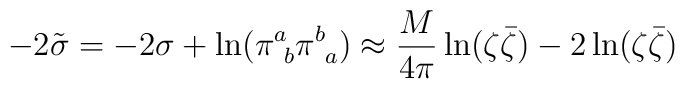
-2 \tilde \sigma = -2\sigma + \ln(\pi^a_{~b}\pi^b_{~a}) \approx\frac{M}{4\pi} \ln(\zeta\bar\zeta) - 2 \ln(\zeta\bar\zeta)